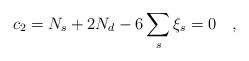
LaTeX: \begin{align*}c_2=N_s+2N_d-6\sum_{s}\xi_s=0~~~,\end{align*}